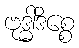
ဗုဒ္ဓါဒိစ္စေ